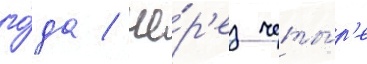
го́да / че́р'ез четы́р'е